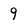
Character: 9